Annual statistical returns and brief notes on vaccination in Bengal - 1909-1929
Year: 1909
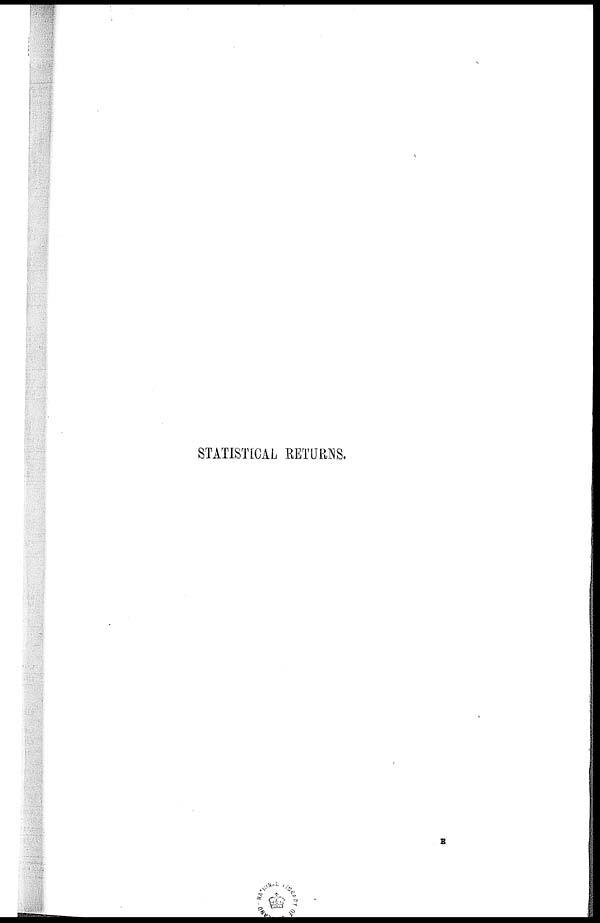
STATISTICAL RETURNS.
E